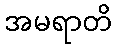
အမရာတိ